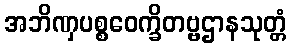
အဘိဏှပစ္စဝေက္ခိတဗ္ဗဌာနသုတ္တံ